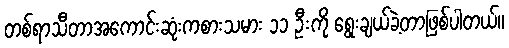
တစ်ရာသီတာအကောင်းဆုံးကစားသမား ၁၁ ဦးကို ရွေးချယ်ခဲ့တာဖြစ်ပါတယ်။